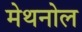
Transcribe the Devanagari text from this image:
मेथनोल